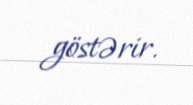
göstərir.